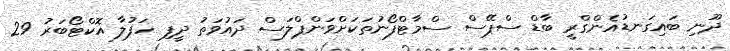
ދޫނި ބައިގަނޑުއެންގްރީ ބާޑް ސްޕޭސް ސްމާޓްފޯނުތަކަށްވަންޕްލަސް ދައުވަތު ދީފި ހަފުލާ އޮކްޓޯބަރު 29